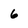
Character: 6